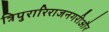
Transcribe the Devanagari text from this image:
त्रिपुरारिराजनगरीऔर